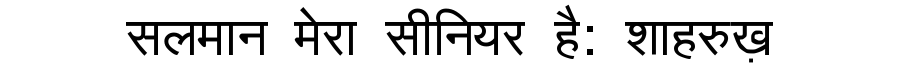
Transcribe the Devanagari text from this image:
सलमान मेरा सीनियर है: शाहरुख़